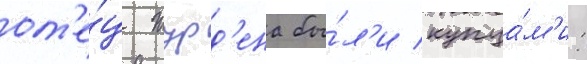
от'е́ц журд'ена бы́л'и купца́м'и: